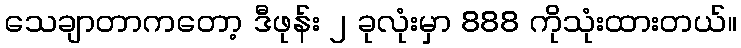
သေချာတာကတော့ ဒီဖုန်း ၂ ခုလုံးမှာ 888 ကိုသုံးထားတယ်။